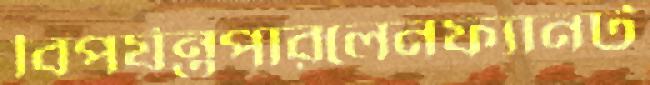
বিপর্যন্তপারলেনফ্যানট